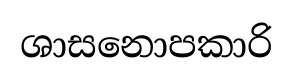
ශාසනොපකාරි